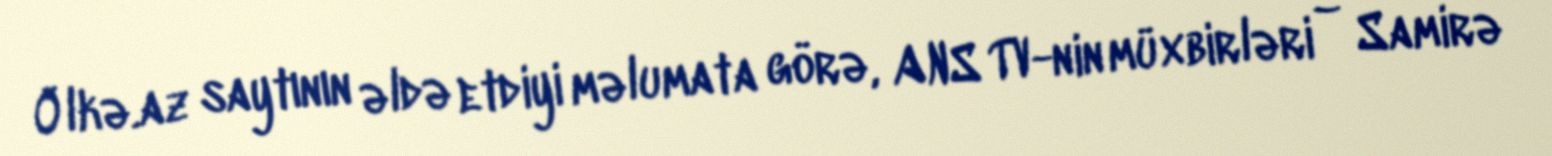
Ölkə.az saytının əldə etdiyi məlumata görə, ANS TV-nin müxbirləri – Samirə